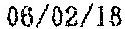
06/02/18